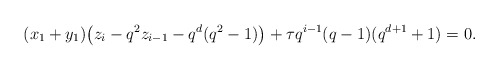
\begin{align*} (x_1 + y_1) \big( z_i - q^2 z_{i-1} - q^d(q^2-1) \big) + \tau q^{i-1} (q-1)(q^{d+1}+1)=0. \end{align*}